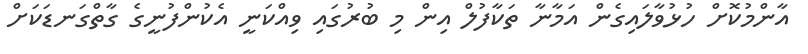
އާންމުކޮށް ހުޅުވާލައިގެން އަމާނާ ތަކާފުލް އިން މި ބުރުގައި ވިއްކަނީ އެކުންފުނީގެ ގާތްގަނޑަކަށް